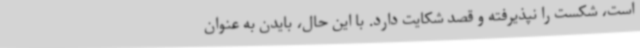
است، شکست را نپذیرفته و قصد شکایت دارد. با این حال، بایدن به عنوان